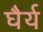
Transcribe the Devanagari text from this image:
घैर्य